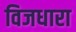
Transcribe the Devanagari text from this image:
विजधारा